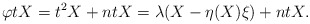
\begin{align*} \varphi tX=t^{2}X+ntX=\lambda(X-\eta(X)\xi) + ntX.\end{align*}